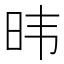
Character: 𬀩